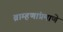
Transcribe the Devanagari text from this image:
ब्राम्हणांप्रमाणे